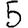
Digit: 5